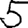
Digit: 5